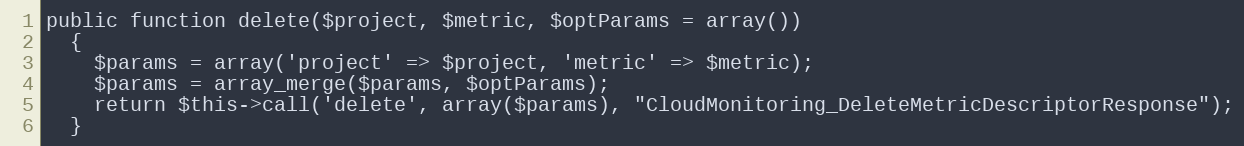
Language: PHP
public function delete($project, $metric, $optParams = array())
  {
    $params = array('project' => $project, 'metric' => $metric);
    $params = array_merge($params, $optParams);
    return $this->call('delete', array($params), "CloudMonitoring_DeleteMetricDescriptorResponse");
  }